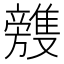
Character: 𣄥